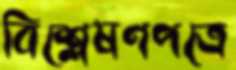
বিশ্লেষণপত্রে